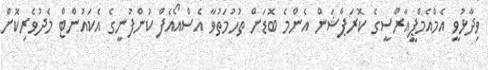
ވިދާޅުވީ އެމްއެމްޕީއާރްސީގެ ކޮރަޕްޝަން އެންމެ ބޮޑަށް ތުހުމަތުވާ އެސްއޯއެފް ކުންފުނީގެ އެކައުންޓް މެދުވެރިކޮށް